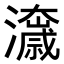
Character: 𭳟